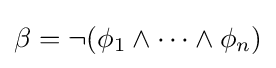
\beta =\neg (\phi _{1}\wedge \dots \wedge \phi _{n})